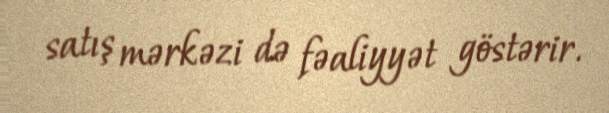
satış mərkəzi də fəaliyyət göstərir.